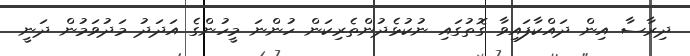
ދިރާސާ އިން ދައްކާފައިވާ ގޮތުގައި ނުކުޅެދުންތެރިކަން ހުންނަ މީހުންގެ އަދަދު މަދުވަމުން ދަނީ